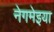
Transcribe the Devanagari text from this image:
नेगमेइया